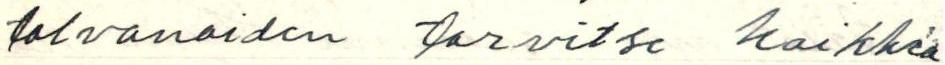
tolvanoiden tarvitse kaikkea